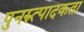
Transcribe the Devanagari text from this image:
पुनरुत्पादकता